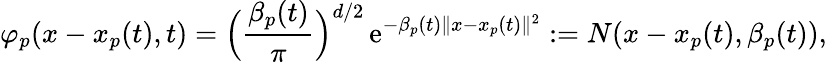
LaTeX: \varphi_{p}(x-x_{p}(t),t)=\Big(\frac{\beta_{p}(t)}{\pi}\Big)^{d/2}\, \mathrm{e}^{-\beta_{p}(t)\| x-x_{p}(t)\| ^{2}}:={N}(x-x_{p}(t),\beta_{p}(t)),